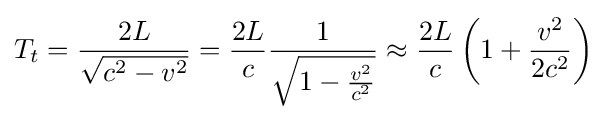
T_{t}={\frac {2L}{\sqrt {c^{2}-v^{2}}}}={\frac {2L}{c}}{\frac {1}{\sqrt {1-{\frac {v^{2}}{c^{2}}}}}}\approx {\frac {2L}{c}}\left(1+{\frac {v^{2}}{2c^{2}}}\right)